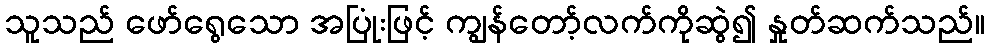
သူသည် ဖော်ရွေသော အပြုံးဖြင့် ကျွန်တော့်လက်ကိုဆွဲ၍ နှုတ်ဆက်သည်။